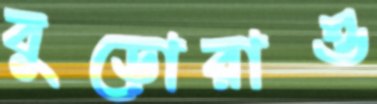
বুড়োরাও